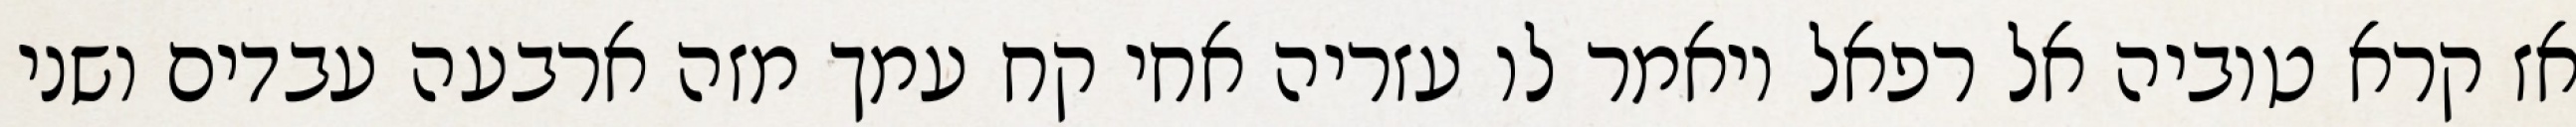
אז קרא טוביה אל רפאל ויאמר לו עזריה אחי קח עמך מזה ארבעה עבדים ושני